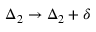
\Delta _ { 2 } \rightarrow \Delta _ { 2 } + \delta